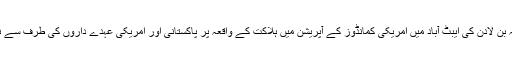
امریکہ کو مطلوب ترین دہشت گرد اُسامہ بن لادن کی ایبٹ آباد میں امریکی کمانڈوز کے آپریشن میں ہلاکت کے واقعہ پر پاکستانی اور امریکی عہدے داروں کی طرف سے نئی معلومات ذرائع ابلاغ کو دی گئی ہیں۔